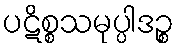
ပဋိစ္စသမုပ္ပါဒဉ္စ